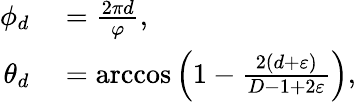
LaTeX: \begin{array}{rl}{\phi_{d}}&{{}=\frac{2\pi d}{\varphi},}\\ {\theta_{d}}&{{}=\operatorname{arccos}\left(1-\frac{2(d+\varepsilon)}{D-1+2\varepsilon}\right),}\end{array}